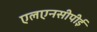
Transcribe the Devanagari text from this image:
एलएनसीपीई